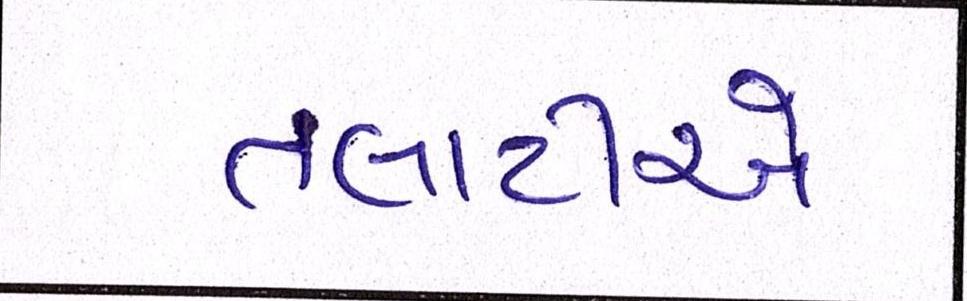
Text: તલાટીએ